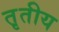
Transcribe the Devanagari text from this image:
त़ृतीय